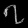
Digit: ၇